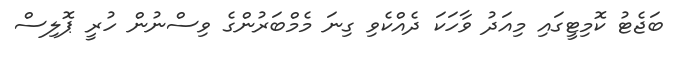
ބަޖެޓު ކޮމިޓީގައި މިއަދު ވާހަކަ ދެއްކެވި ގިނަ މެމްބަރުންގެ ވިސްނުން ހުރީ ޕޮލިސް